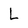
Character: L